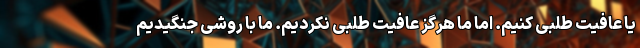
یا عافیت طلبی کنیم. اما ما هرگز عافیت طلبی نکردیم. ما با روشی جنگیدیم